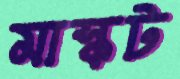
মাস্কট